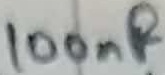
Text: 100nF